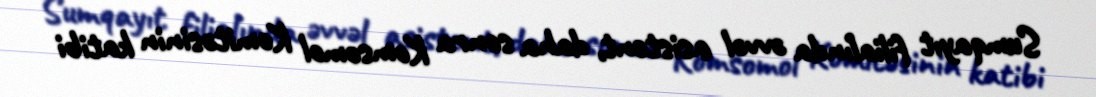
Sumqayıt filialında əvvəl asistent, daha sonra Komsomol Komitəsinin katibi